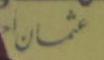
عثى